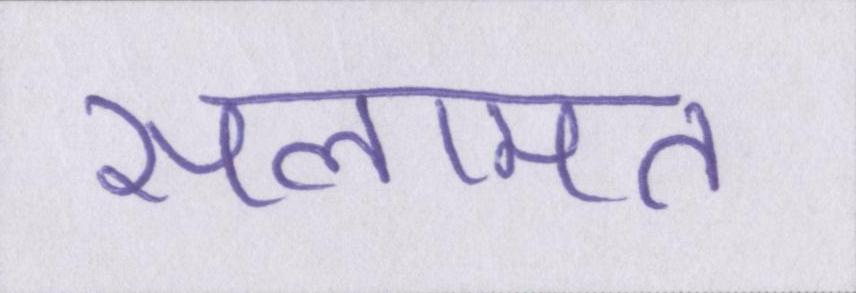
सलामत